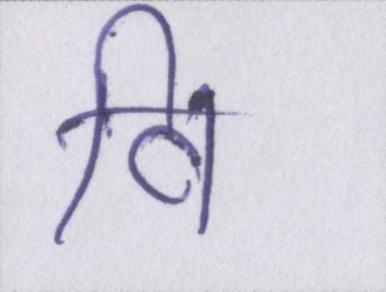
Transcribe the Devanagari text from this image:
वि